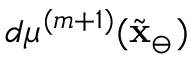
d \mu ^ { ( m + 1 ) } ( \tilde { \mathbf { x } } _ { \ominus } )